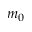
m _ { 0 }